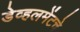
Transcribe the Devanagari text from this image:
डेव्हलमेंटचे